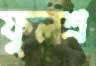
ফুলশ্র